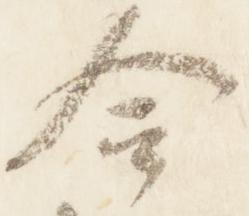
合